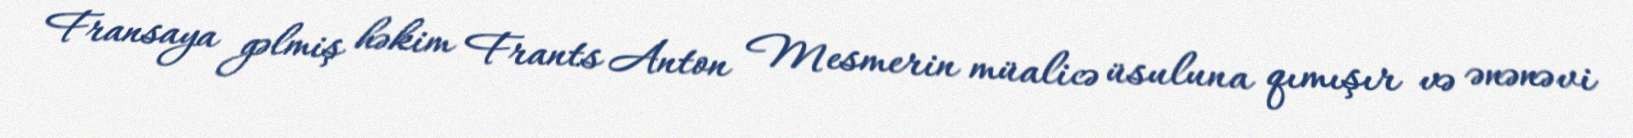
Fransaya gəlmiş həkim Frants Anton Mesmerin müalicə üsuluna qımışır və ənənəvi